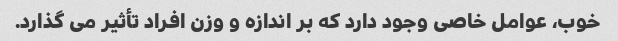
خوب، عوامل خاصی وجود دارد که بر اندازه و وزن افراد تأثیر می گذارد.